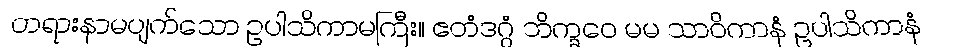
တရားနာမပျက်သော ဥပါသိကာမကြီး။ ဧတံဒဂ္ဂံ ဘိက္ခဝေ မမ သာဝိကာနံ ဥပါသိကာနံ